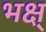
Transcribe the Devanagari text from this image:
भक्ष्